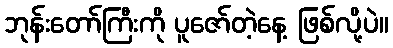
ဘုန်းတော်ကြီးကို ပူဇော်တဲ့နေ့ ဖြစ်လို့ပဲ။